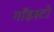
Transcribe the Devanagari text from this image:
गॉडस्टो